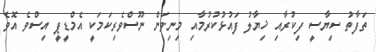
ތަފާތު ސިޔާސީ ފިކުރާއި ޚިޔާލު ފައުޅުކުރުމާއި މިނިވަން ނޫސްވެރިކަމަކީ އެމްޑީޕީ އިސްވެ އޮވެ